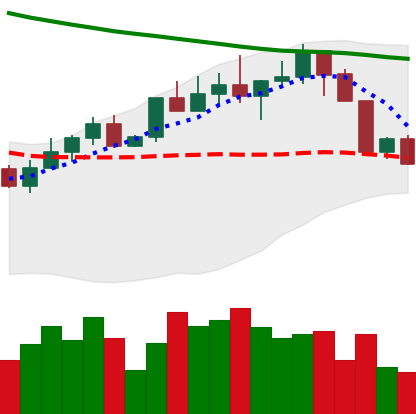
Ticker: LINK-USD
Chart end date: 2022-04-08
Forward return: -6.284%
Label: down_5_7